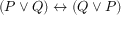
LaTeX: ( P \lor Q ) \leftrightarrow ( Q \lor P )